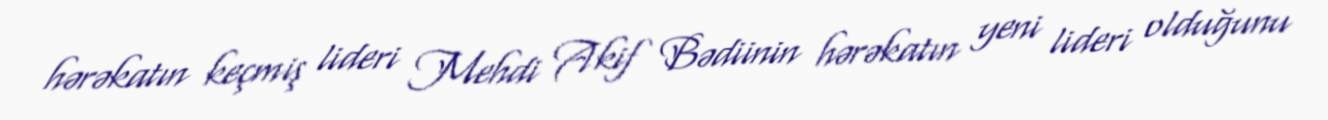
hərəkatın keçmiş lideri Mehdi Akif Bədiinin hərəkatın yeni lideri olduğunu